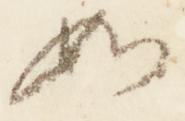
如